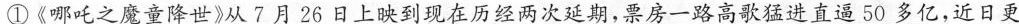
①\underline{《哪吒之魔童降世》从7月26日上映到现在历经两次延期，票房一路高歌猛进直逼50多亿，近日更}